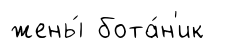
жены́ бота́н'ик